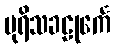
ပုရိသခဠုင်္ကေ